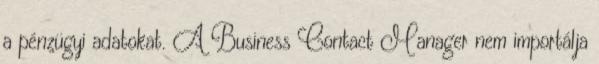
a pénzügyi adatokat. A Business Contact Manager nem importálja